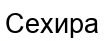
Сехира